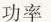
功率